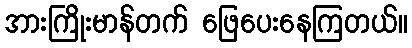
အားကြိုးမာန်တက် ဖြေပေးနေကြတယ်။